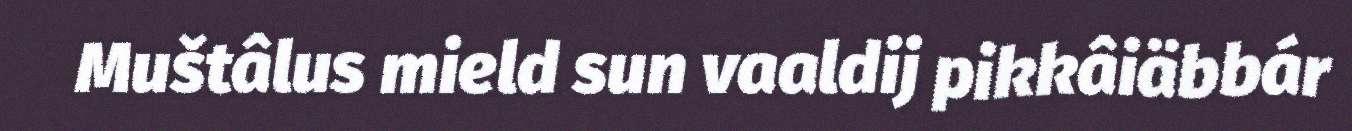
Muštâlus mield sun vaaldij pikkâiäbbár